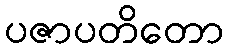
ပဇာပတိတော